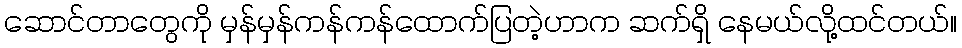
ဆောင်တာတွေကို မှန်မှန်ကန်ကန်ထောက်ပြတဲ့ဟာက ဆက်ရှိ နေမယ်လို့ထင်တယ်။